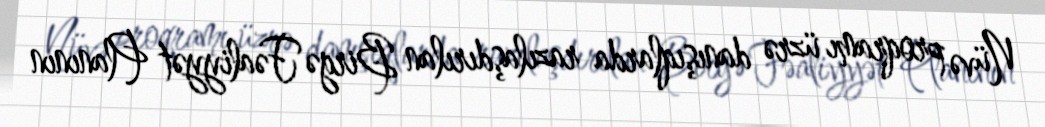
Nüvə proqramı üzrə danışıqlarda razılaşdırılan Birgə Fəaliyyət Planının